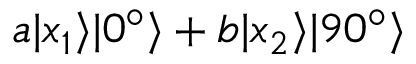
a | x _ { 1 } \rangle | 0 ^ { \circ } \rangle + b | x _ { 2 } \rangle | 9 0 ^ { \circ } \rangle